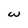
Character: w